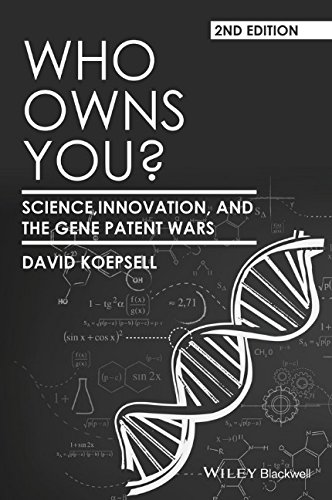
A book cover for Who Owns You: Science, Innovation, and the Gene Patent Wars (Blackwell Public Philosophy Series); David Koepsell; Law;